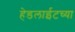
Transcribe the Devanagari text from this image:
हेडलाईटच्या